Leaving Certificate Examination, 1917, 1917
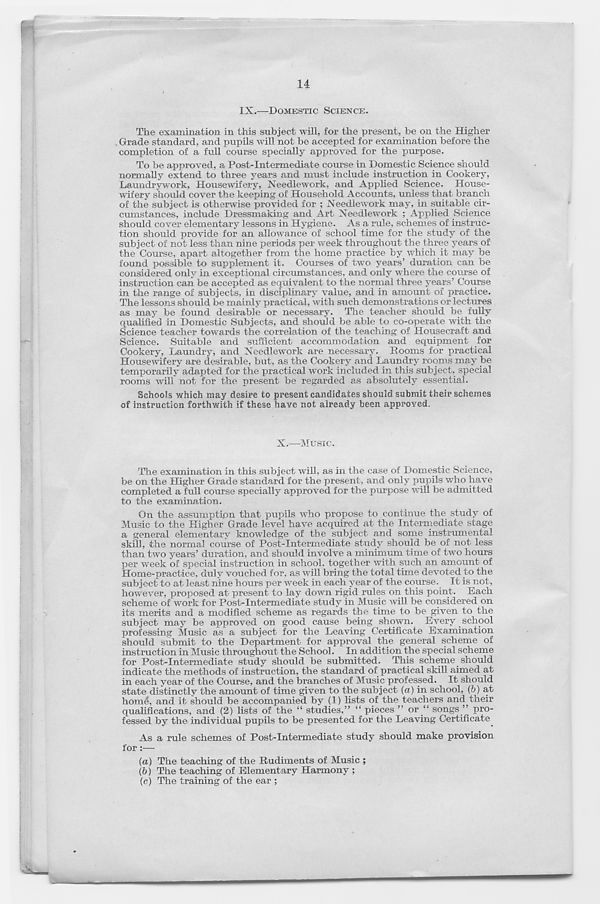
14
I
IX.—-DOMESTIC SCIENCE.
The examination in this subject will, for the present, be on the Higher
. Grade standard, and pupils will not be accepted for examination before the
completion of a full course specially approved for the purpose.
To be approved, a Post-Intermediate course in Domestic Science should
normally extend to three years and must include instruction in Cookery,
Laundrywork, Housewifery, Needlework, and Applied Science. House-
wifery should cover the keeping of Household Accounts, unless that branch
of the subject is otherwise provided for ; Needlework may, in suitable cir-
cumstances, include Dressmaking and Art Needlework ; Applied Science
should cover elementary lessons in Hygiene. As a rule, schemes of instruc-
tion should provide for an allowance of school time for the study of the
subject of not less than nine periods per week throughout the three years of
the Course, apart altogether from the home practice by which it may be
found possible to supplement it. Courses of two years’ duration can be
considered only in exceptional circumstances, and only where the course of
instruction can be accepted as equivalent to the normal three years’ Course
in the range of subjects, in disciplinary value, and in amount of practice.
The lessons should be mainly practical, with such demonstrations or lectures
as may be found desirable or necessary. The teacher should be fully
qualified in Domestic Subjects, and should be able to co-operate with the
Science teacher towards the correlation of the teaching of Housecraft and
Science. Suitable and sufficient accommodation and equipment for
Cookery, Laundry, and Needlework are necessary. Rooms for practical
Housewifery are desirable, but, as the Cookery and Laundry rooms may be
temporarily adapted for the practical work included in this subject, special
rooms will not for the present be regarded as absolutely essential.
Schools which may desire to present candidates should submit their schemes
of instruction forthwith if these have not already been approved.
X.—Music.
The examination in this subject will, as in the case of Domestic Science,
be on the Higher Grade standard for the present, and only pupils who have
completed a full course specially approved for the purpose will be admitted
to the examination.
On the assumption that pupils who propose to continue the study of
Music to the Higher Grade level have acquired at the Intermediate stage
a general elementary knowledge of the subject and some instrumental
skill, the normal course of Post-Intermediate study should be of not less
than two years’ duration, and should involve a minimum time of two hours
per week of special instruction in school, together with such an amount of
Home-practice, duly vouched for, as will bring the total time devoted to the
subject to at least nine hours per week in each year of the course. It is not,
however, proposed at present to lay down rigid rules on this point. Each
scheme of work for Post-Intermediate study in Music will be considered on
its merits and a modified scheme as regards the time to be given to the
subject may be approved on good cause being shown. Every school
professing Music as a subject for the Leaving Certificate Examination
should submit to the Department for approval the general scheme of
instruction in Music throughout the School. In addition the special scheme
for Post-Intermediate study should be submitted. This scheme should
indicate the methods of instruction, the standard of practical skill aimed at
in each year of the Course, and the branches of Music professed. It should
state distinctly the amount of time given to the subject (a) in school, (b) at
hom4, and it should be accompanied by (1) lists of the teachers and their
qualifications, and (2) lists of the “ studies,” “ pieces ” or “ songs ” pro-
fessed by the individual pupils to be presented for the Leaving Certificate^
As a rule schemes of Post-Intermediate study should make provision
for :—
(a) The teaching of the Rudiments of Music ;
(b) The teaching of Elementary Harmony ;
(c) The training of the ear ;